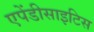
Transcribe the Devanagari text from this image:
एपेंडीसाइटिस